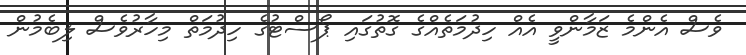
ވެސް އެންމެ ޒަމާންވީ އެއް ހިދުމަތެއްގެ ގޮތުގައި ޕޯސްޓުގެ ހިދުމަތް މިހާރުވެސް ލިބެމުން